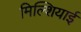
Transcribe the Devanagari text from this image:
मिल्शियाई